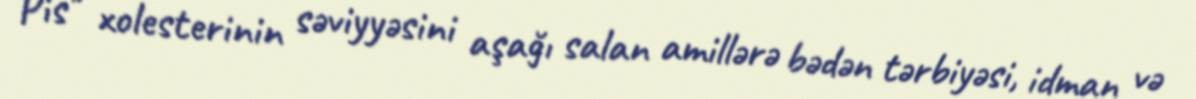
Pis" xolesterinin səviyyəsini aşağı salan amillərə bədən tərbiyəsi, idman və